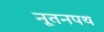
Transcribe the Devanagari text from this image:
नूतनपथ